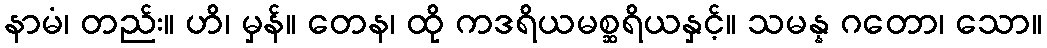
နာမံ၊ တည်း။ ဟိ၊ မှန်။ တေန၊ ထို ကဒရိယမစ္ဆရိယနှင့်။ သမန္န ဂတော၊ သော။